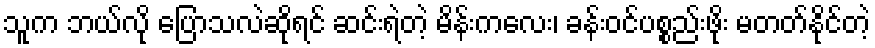
သူက ဘယ်လို ပြောသလဲဆိုရင် ဆင်းရဲတဲ့ မိန်းကလေး၊ ခန်းဝင်ပစ္စည်းဖိုး မတတ်နိုင်တဲ့